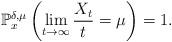
LaTeX: \begin{align*}\mathbb{P}_x^{\delta,\mu}\left(\lim_{t\to\infty}\frac{X_t}{t}=\mu\right)=1.\end{align*}